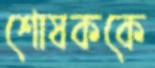
শোষককে